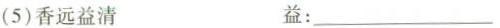
(5)香远益清 益：___